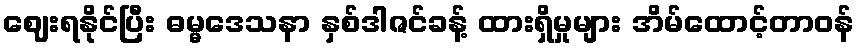
ဈေးရနိုင်ပြီး ဓမ္မဒေသနာ နှစ်ဒါဇင်ခန့် ထားရှိမှုများ အိမ်ထောင့်တာဝန်